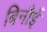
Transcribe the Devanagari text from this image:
बिनौई